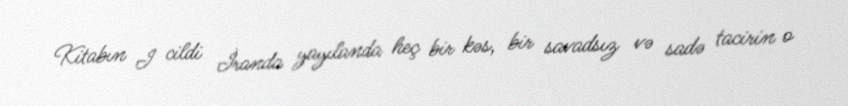
Kitabın I cildi İranda yayılanda heç bir kəs, bir savadsız və sadə tacirin o